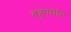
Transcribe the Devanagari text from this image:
बहुपद्यांस